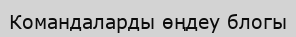
Командаларды өңдеу блогы